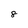
Character: 8